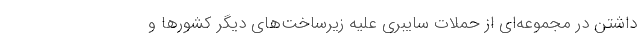
داشتن در مجموعه‌ای از حملات سایبری علیه زیرساخت‌های دیگر کشورها و